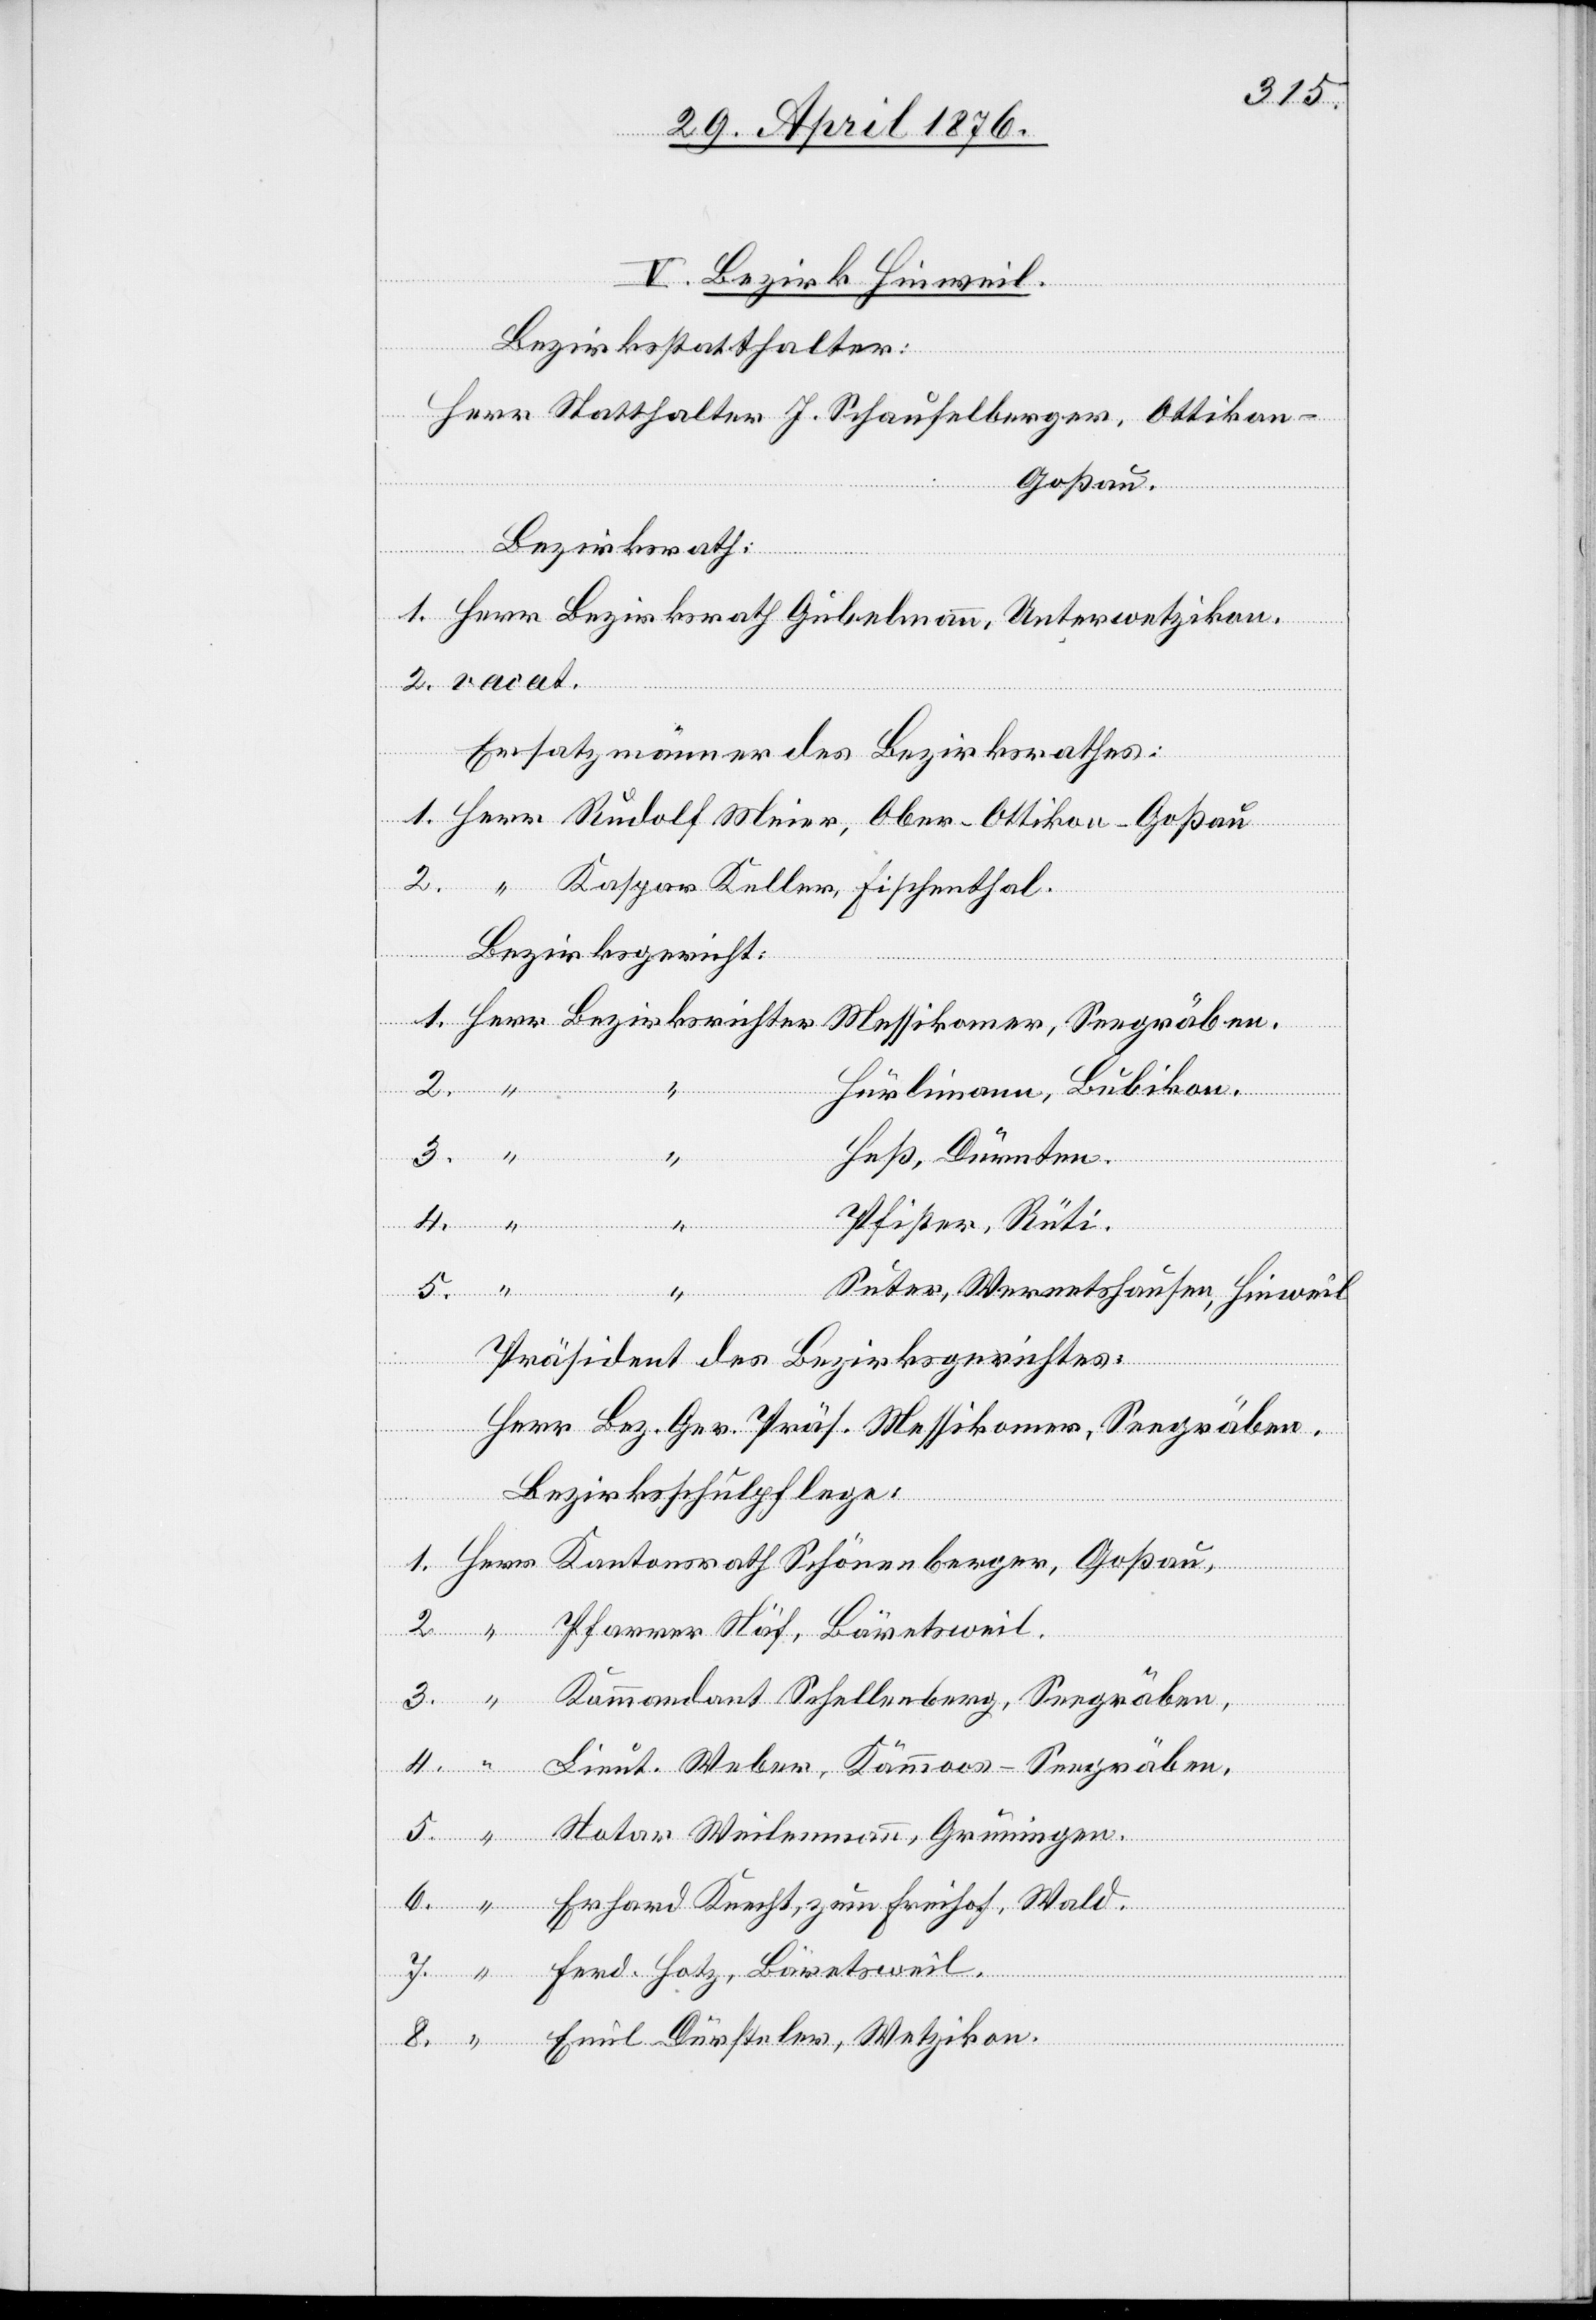
V. Bezirk Hinweil.
Bezirksstatthalter:
Herr Statthalter J. Schaufelberger, Ottikon
Goßau.
Bezirksrath
“
Ersatzmänner des Bezirksrathes:
dant
Bezirksrichter
Lieut.
8.
Hürlimann, Bubikon.
Heß, Dürnten.
“
Emil Dürsteler, Wetzikon.
Pfister, Rüti.
Suter, Wernetshausen, Hinweil.
6.
Präsident des Bezirksgerichtes:
Herr Bez. Ger. Präs. Messikomer, Seegräben.
Bezirksschulpflege:
Erhard Krecht, zum Freihof, Wald.
Ferd. Hotz, Bäretsweil.